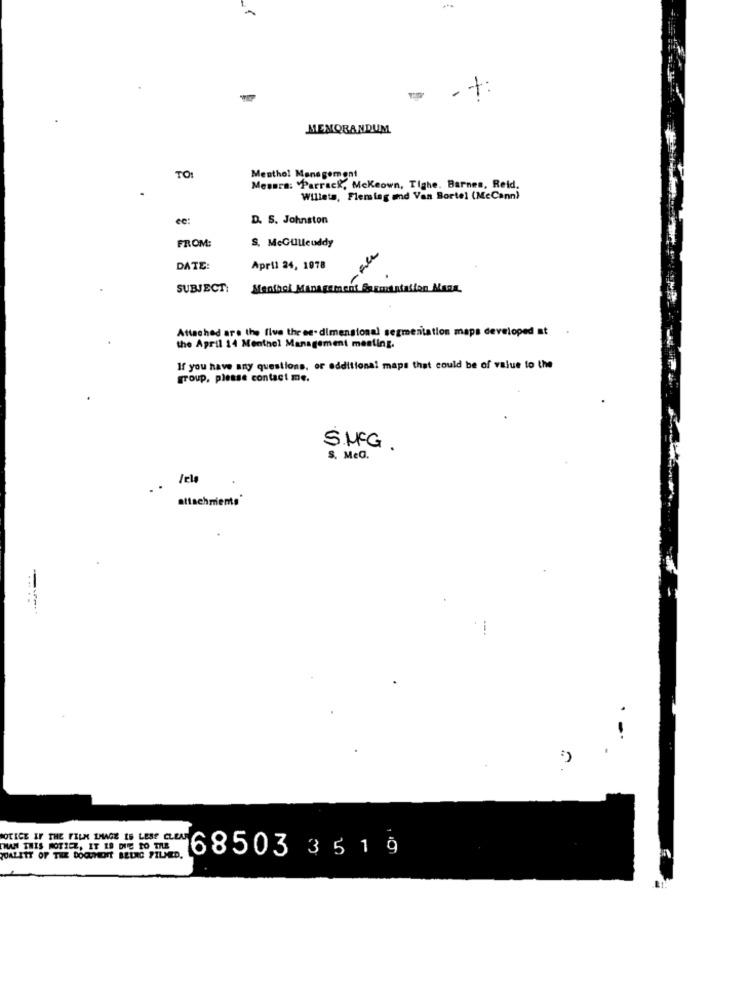
-+:
MEMORANDUM
TO:
Menthol Management
Mesura: "Parrack, Mckeown, Tighe. Barnes, Reid,
Willets, Fleming and Van Sortel (McCann)
ee:
D. S. Johnston
S. McGUlleuddy
FROM:
-File
DATE:
April 24, 1978
SUBJECT:
Menthol Management Sslamentation Nana.
Attached are the five three- dimensional segmentation maps developed at
the April 14 Menthol Management meeting.
If you have any questions, or additional maps that could be of value to the
group, please contact me.
S.MFG.
S. Med.
/ela
. .
attachments'
NOTICE IF THE FILM IMAGE IS LESS CLEAT
MAN THIS NOTICE, IT IS DIE TO THE
TOALETT OF THE DOCUMENT BEING FILMED.
68503 35 1 9